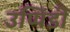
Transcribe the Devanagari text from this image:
उप्पिंडी